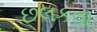
છલકવા